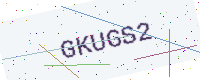
Text: GKUGS2